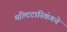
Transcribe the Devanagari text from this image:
मल्टिटास्किंगचे